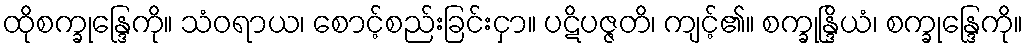
ထိုစက္ခုန္ဒြေကို။ သံဝရာယ၊ စောင့်စည်းခြင်းငှာ။ ပဋိပဇ္ဇတိ၊ ကျင့်၏။ စက္ခုန္ဒြိယံ၊ စက္ခုန္ဒြေကို။